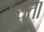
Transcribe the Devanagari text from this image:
कुथता